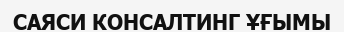
САЯСИ КОНСАЛТИНГ ҰҒЫМЫ